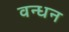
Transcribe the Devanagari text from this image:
वन्धन